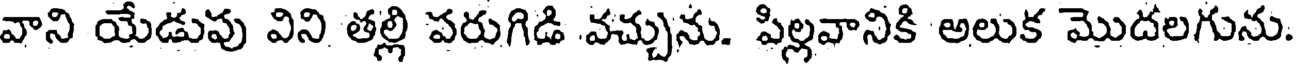
వాని యేడుపు విని తల్లి పరుగిడి వచ్చును. పిల్లవానికి అలుక మొదలగును.